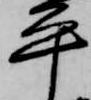
平